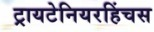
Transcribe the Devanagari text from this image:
ट्रायटेनियरहिंचस